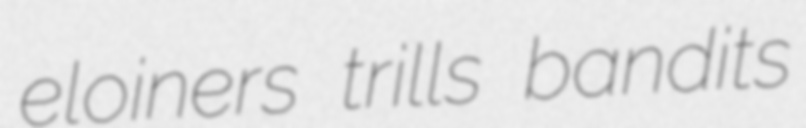
eloiners trills bandits